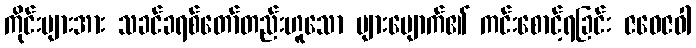
ကိုင်းများအား သခင်ခရစ်တော်တည်းဟူသော များပျောက်၏ ကင်းစောင့်ရခြင်း ဇဝေဇဝါ